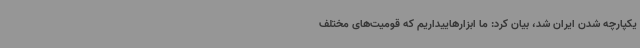
یکپارچه شدن ایران شد، بیان کرد: ما ابزارهاییداریم که قومیت‌های مختلف